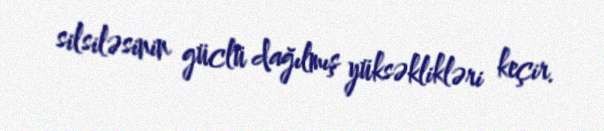
silsiləsinin güclü dağılmış yüksəklikləri keçir.